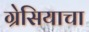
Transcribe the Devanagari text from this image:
ग्रेसियाचा